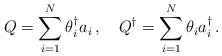
\begin{align*}Q= \sum_{i=1}^N \theta_i^\dagger a_i\,, \quad Q^\dagger =\sum_{i=1}^N \theta_i a_i^\dagger\,.\end{align*}